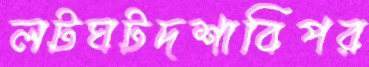
লটঘটদশাবিপর